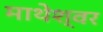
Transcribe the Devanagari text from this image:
माथेश्वर